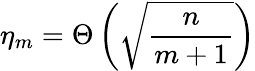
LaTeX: \eta_{m}=\Theta\left(\sqrt{\frac{n}{m+1}}\right)